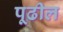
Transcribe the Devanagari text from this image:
पूढील